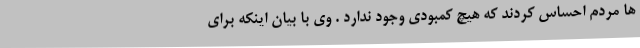
ها مردم احساس کردند که هیچ کمبودی وجود ندارد . وی با بیان اینکه برای